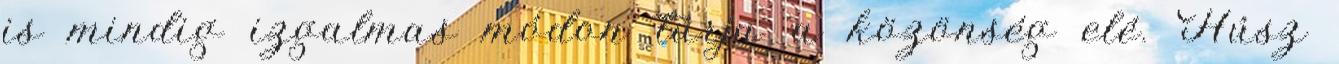
is mindig izgalmas módon tárja a közönség elé. Húsz